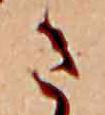
ま